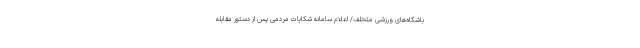
باشگاه‌های ورزشی متخلف/ اعلام سامانه شکایات مردمی پس از دستور مقابله